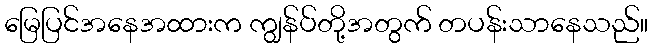
မြေပြင်အနေအထားက ကျွန်ပ်တို့အတွက် တပန်းသာနေသည်။